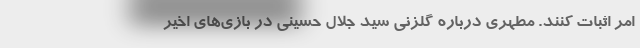
امر اثبات کنند. مطهری درباره گلزنی سید جلال حسینی در بازی‌های اخیر